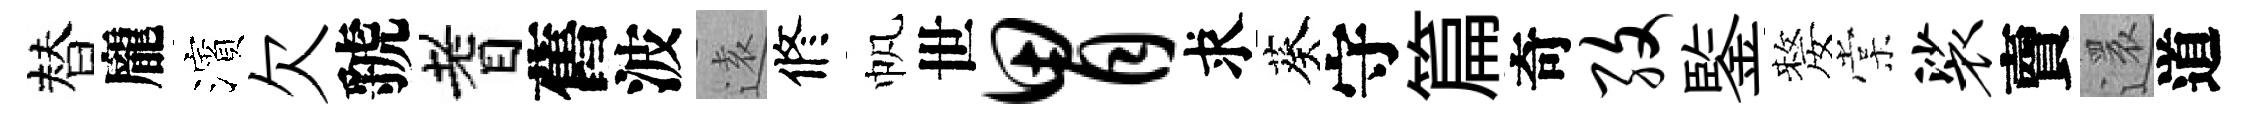
替龐濱欠虢耆舊波逺修帆世胃求葵守篇奇孜鍳嫠棠裟𧶠還道